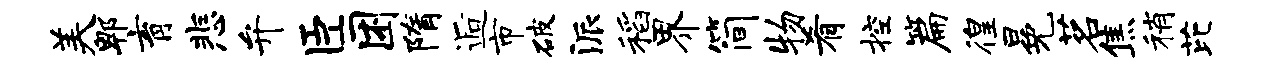
美郫育悲弁臣困隋逅市破派稻界简物肴控篇徨冕茗焦稍芘